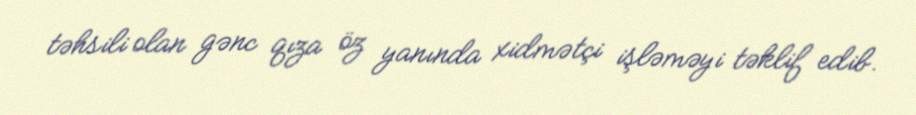
təhsili olan gənc qıza öz yanında xidmətçi işləməyi təklif edib.